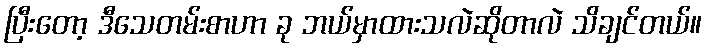
ပြီးတော့ ဒီသေတမ်းစာဟာ ခု ဘယ်မှာထားသလဲဆိုတာလဲ သိချင်တယ်။